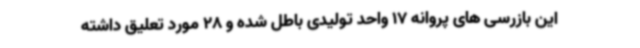
این بازرسی های پروانه 17 واحد تولیدی باطل شده و 28 مورد تعلیق داشته